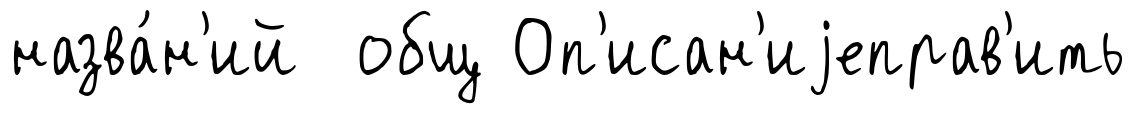
назва́н'ий общ Оп'исан'иjеправ'ить